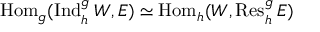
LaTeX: \operatorname { H o m } _ { \mathfrak { g } } ( \operatorname { I n d } _ { \mathfrak { h } } ^ { \mathfrak { g } } W , E ) \simeq \operatorname { H o m } _ { \mathfrak { h } } ( W , \operatorname { R e s } _ { \mathfrak { h } } ^ { \mathfrak { g } } E )